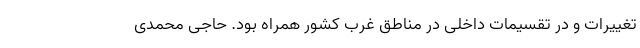
تغییرات و در تقسیمات داخلی در مناطق غرب کشور همراه بود. حاجی محمدی